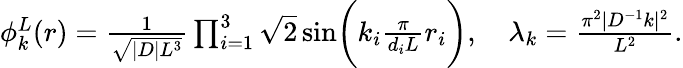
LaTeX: \begin{array}{r}{\phi_{k}^{L}(r)=\frac{1}{\sqrt{|D|L^{3}}}\prod_{i=1}^{3}\sqrt{2}\sin\biggr(k_{i}\frac{\pi}{d_{i}L}r_{i}\biggr),\quad\lambda_{k}=\frac{\pi^{2}|D^{-1}k|^{2}}{L^{2}}.}\end{array}